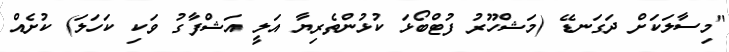
"މިސާލަކަށް ދަގަނޑޭ (މަޝްހޫރު ފުޓްބޯޅަ ކުޅުންތެރިޔާ އަލީ އަޝްފާގު ވަކި ކަހަލަ) ކުށެއް